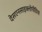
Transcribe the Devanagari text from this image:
देसएनसाइक्लोपीडिया